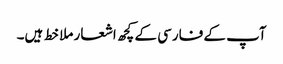
آپ کے فارسی کے کچھ اشعار ملا خط ہیں۔